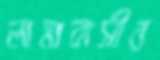
লামাবাসীর